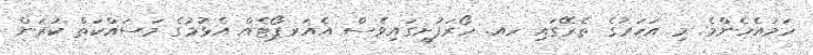
ހަމައެހެންމެ މި އަހަރުގެ ތެރޭގައި ހއ. ހޯރަފުށީގައިވެސް އެއަރޕޯޓެއް އެޅުމުގެ މަސައްކަތް ކުރަން